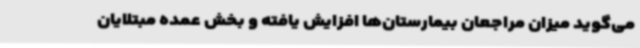
می‌گوید میزان مراجعان بیمارستان‌ها افزایش یافته و بخش عمده مبتلایان